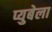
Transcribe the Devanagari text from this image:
प्युबेला